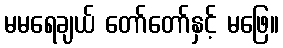
မမရေချယ် တော်တော်နှင့် မဖြေ။